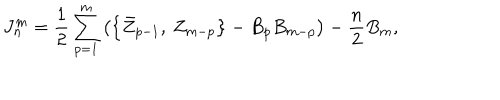
LaTeX: J _ { n } ^ { m } = \frac 1 2 \sum _ { p = 1 } ^ { m } \left( \left\{ \bar { Z } _ { p - 1 } , \: Z _ { m - p } \right\} - B _ { p } B _ { m - p } \right) - \frac n 2 B _ { m } ,